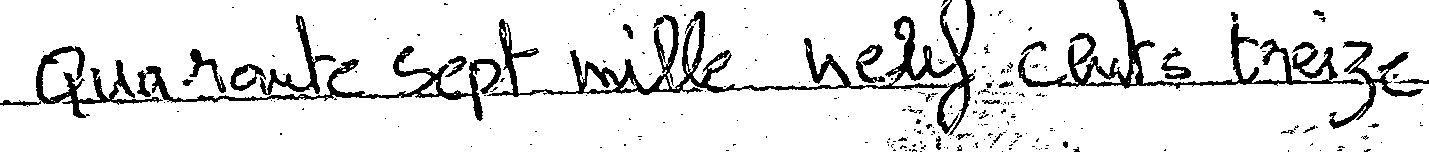
Quarante Sept mille neuf cents treize